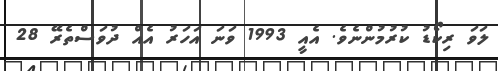
ލަވަ ރިކޯޑު ކުރުމުންނެވެ. އެއީ 1993 ވަނަ އަހަރު އެއް ދުވަސްތެރޭ 28